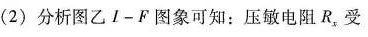
(2)分析图乙1-F图象可知：压敏电阻R，受